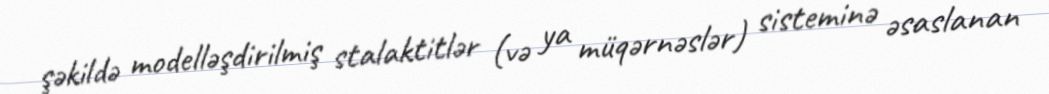
şəkildə modelləşdirilmiş stalaktitlər (və ya müqərnəslər) sisteminə əsaslanan